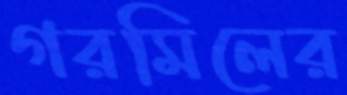
গরমিলের